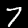
Digit: 7